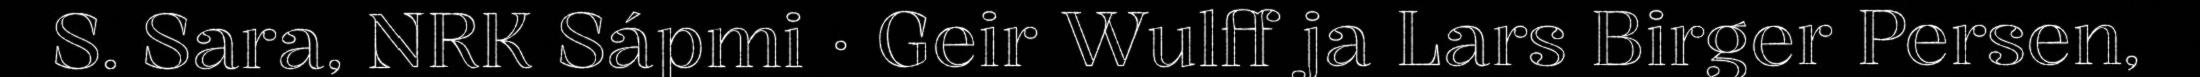
S. Sara, NRK Sápmi · Geir Wulff ja Lars Birger Persen,